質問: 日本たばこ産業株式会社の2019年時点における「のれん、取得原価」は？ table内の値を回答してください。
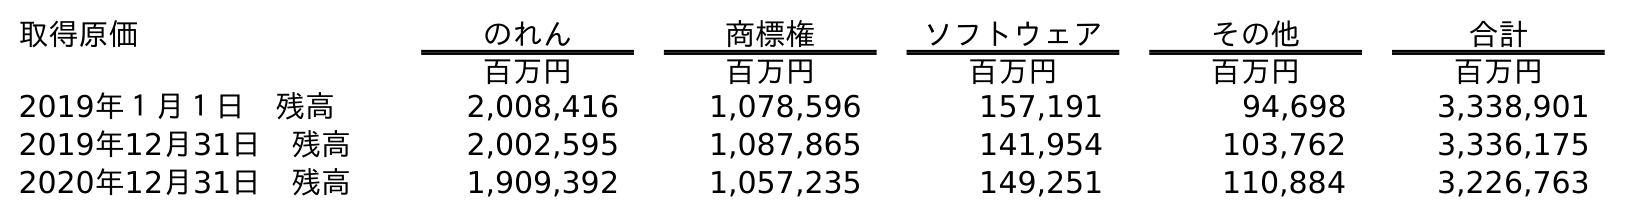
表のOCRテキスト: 取得原価 のれん 商標権 ソフトウェア その他 合計 百万円 百万円 百万円 百万円 百万円 2019年１月１日 残高 2,008,416 1,078,596 157,191 94,698 3,338,901 2019年12月31日 残高 2,002,595 1,087,865 141,954 103,762 3,336,175 2020年12月31日 残高 1,909,392 1,057,235 149,251 110,884 3,226,763
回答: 2,002,595